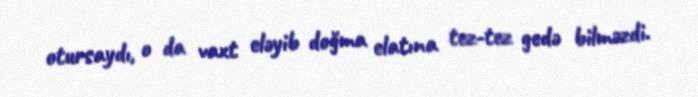
otursaydı, o da vaxt eləyib doğma elatına tez-tez gedə bilməzdi.